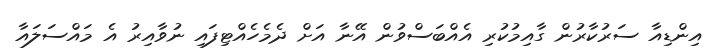
އިންޑިއާ ސަރުކާރުން ގާއިމުކުރި އެއްބަސްވުން އޭނާ އަށް ދެމެހެއްޓިފައި ނުވާއިރު އެ މައްސަލައާ